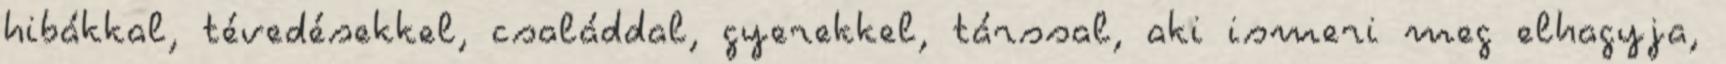
hibákkal, tévedésekkel, családdal, gyerekkel, társsal, aki ismeri meg elhagyja,